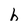
Character: h